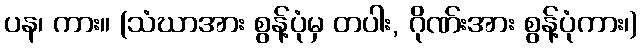
ပန၊ ကား။ (သံဃာအား စွန့်ပုံမှ တပါး, ဂိုဏ်းအား စွန့်ပုံကား၊)